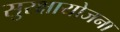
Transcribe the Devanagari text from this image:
सुरक्षायोजना